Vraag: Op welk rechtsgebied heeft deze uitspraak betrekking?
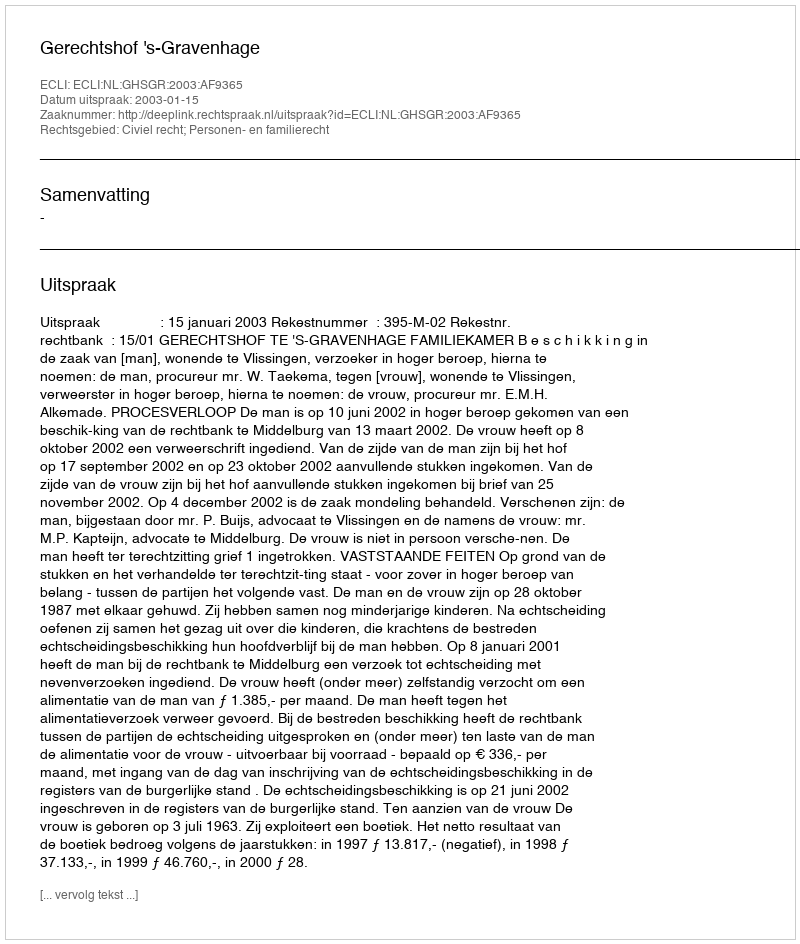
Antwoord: Civiel recht; Personen- en familierecht